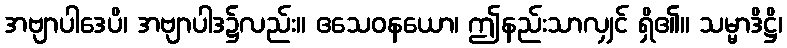
အဗျာပါဒေပိ၊ အဗျာပါဒ၌လည်း။ ဧသေဝနယော၊ ဤနည်းသာလျှင် ရှိ၏။ သမ္မာဒိဋ္ဌိ၊